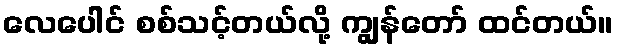
လေပေါင် စစ်သင့်တယ်လို့ ကျွန်တော် ထင်တယ်။